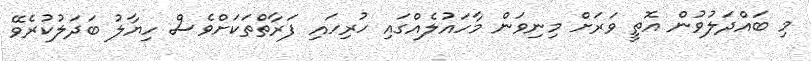
މި ބައްދަލުވުން އޮތީ ވަރަށް މިނިވަން މާހައުލެއްގައި ހުރިހައި ފަރާތްތަކަށްވެސް ހިޔާލު ބަދަލުކުރެވޭ